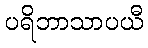
ပရိဘာသာပယီ